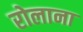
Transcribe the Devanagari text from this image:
रोलाना